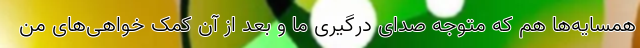
همسایه‌ها هم که متوجه صدای درگیری ما و بعد از آن کمک خواهی‌های من